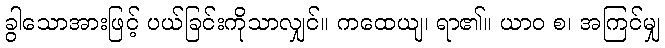
ခွါသောအားဖြင့် ပယ်ခြင်းကိုသာလျှင်။ ကထေယျ၊ ရာ၏။ ယာဝ စ၊ အကြင်မျှ